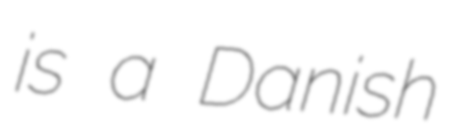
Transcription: is a Danish